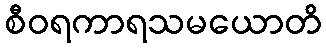
စီဝရကာရသမယောတိ